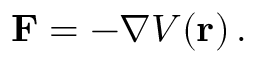
\mathbf { F } = - \nabla V ( \mathbf { r } ) \, .